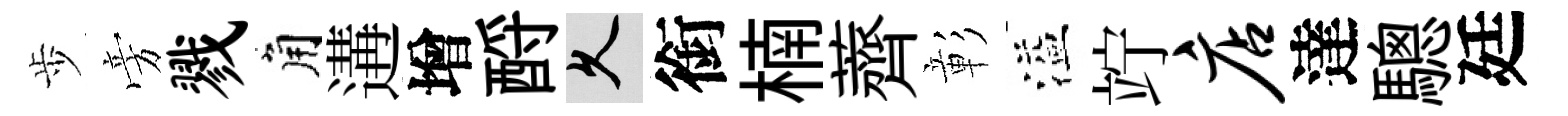
歩旁戮角遘增酹久銜楠薺彰溢竚店達驄廷